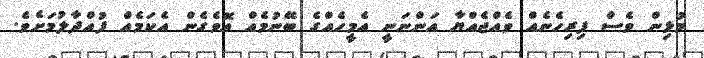
މުޅިން ވެސް ފިރިހެނެއް ވެއްޖެއްޔާ އަންނަނީ އެމީހެއްގެ ބޭނުމެއް އޮވެގެން އެކަމެއް ފުއްދާލުމަށެވެ.